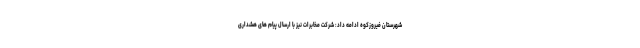
شهرستان فیروزکوه ادامه داد: شرکت مخابرات نیز با ارسال پیام های هشداری